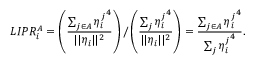
L I P R _ { i } ^ { A } = \left( \frac { \sum _ { j \in A } { \eta _ { i } ^ { j } } ^ { 4 } } { | | \eta _ { i } | | ^ { 2 } } \right) / \left( \frac { \sum _ { j } { \eta _ { i } ^ { j } } ^ { 4 } } { | | \eta _ { i } | | ^ { 2 } } \right) = \frac { \sum _ { j \in A } { \eta _ { i } ^ { j } } ^ { 4 } } { \sum _ { j } { \eta _ { i } ^ { j } } ^ { 4 } } .